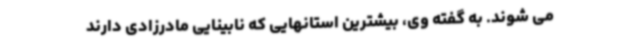
می شوند. به گفته وی، بیشترین استانهایی که نابینایی مادرزادی دارند